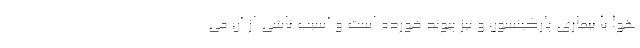
هوا با بیماری پارکینسون و نیز پیوند خورده است و آسیب ناشی از آن می